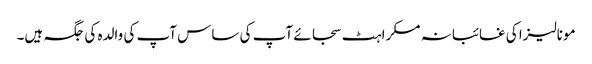
مونالیزا کی غائبانہ مسکراہٹ سجائے آپ کی ساس آپ کی والدہ کی جگہ ہیں۔